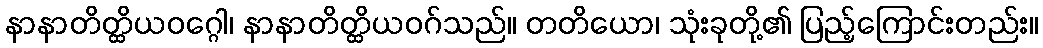
နာနာတိတ္ထိယဝဂ္ဂေါ၊ နာနာတိတ္ထိယဝဂ်သည်။ တတိယော၊ သုံးခုတို့၏ ပြည့်ကြောင်းတည်း။